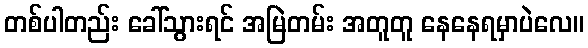
တစ်ပါတည်း ခေါ်သွားရင် အမြဲတမ်း အတူတူ နေနေရမှာပဲလေ။